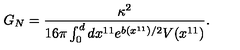
G _ { N } = \frac { \kappa ^ { 2 } } { 1 6 \pi \int _ { 0 } ^ { d } d x ^ { 1 1 } e ^ { b ( x ^ { 1 1 } ) / 2 } V ( x ^ { 1 1 } ) } .